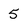
Character: 5